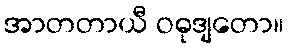
အာတတာယီ ဝဓုဒျတော။